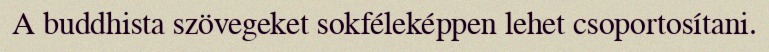
A buddhista szövegeket sokféleképpen lehet csoportosítani.